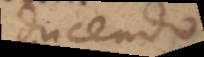
oducendo